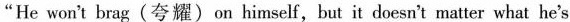
"He won't brag (夸耀) on himself,but it doesn't matter what he's